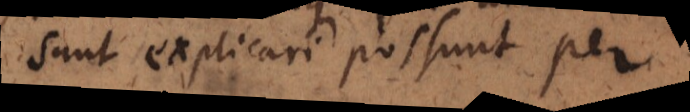
sunt explicari possunt per